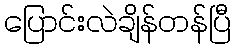
ပြောင်းလဲချိန်တန်ပြီ